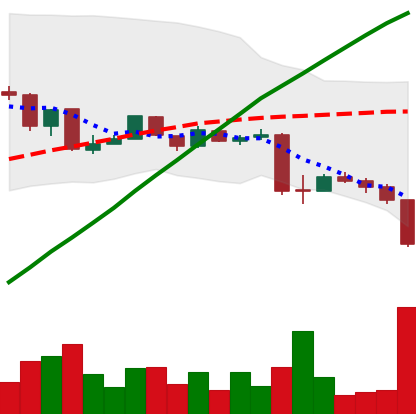
Ticker: LTC-USD
Chart end date: 2015-08-24
Forward return: -3.948%
Label: down_3_5